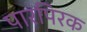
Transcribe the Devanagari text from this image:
पारंपिरक